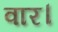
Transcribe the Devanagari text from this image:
वार।